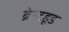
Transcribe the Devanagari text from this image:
ब्रेन्टहूड